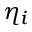
\eta _ { i }